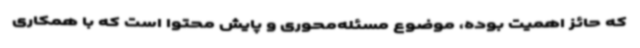
که حائز اهمیت بوده، موضوع مسئله‌محوری و پایش محتوا است که با همکاری